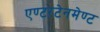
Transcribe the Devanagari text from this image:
एण्टरटेनमेण्ट